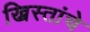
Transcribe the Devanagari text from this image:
ख्रिस्तांचे